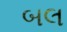
બલ